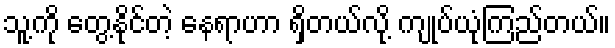
သူ့ကို တွေ့နိုင်တဲ့ နေရာဟာ ရှိတယ်လို့ ကျုပ်ယုံကြည်တယ်။